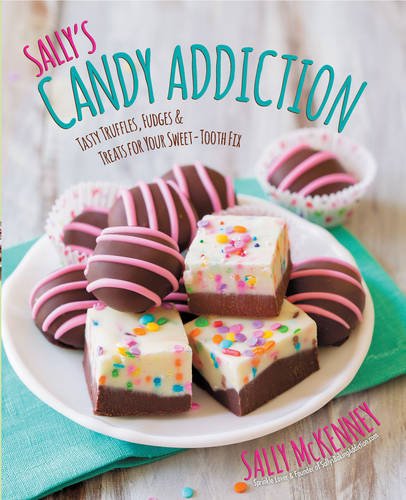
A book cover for Sally's Candy Addiction: Tasty Truffles, Fudges & Treats for Your Sweet-Tooth Fix; Sally McKenney; Cookbooks, Food & Wine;